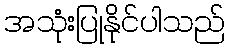
အသုံးပြုနိုင်ပါသည်